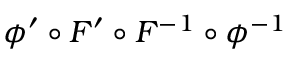
\phi ^ { \prime } \circ F ^ { \prime } \circ F ^ { - 1 } \circ \phi ^ { - 1 }